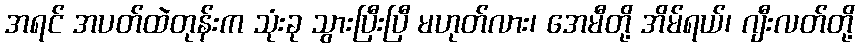
အရင် အပတ်ထဲတုန်းက သုံးခု သွားပြီးပြီ မဟုတ်လား၊ အေမီတို့ အိမ်ရယ်၊ ဂျီးလတ်တို့